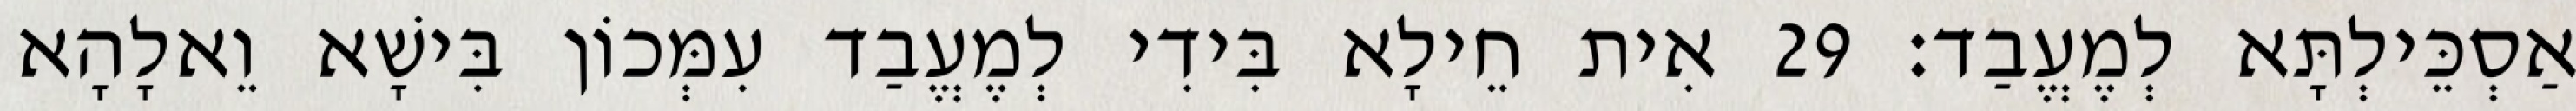
אַסְכֵּילְתָּא לְמֶעֱבַד׃ 29 אִית חֵילָא בִּידִי לְמֶעֱבַד עִמְּכוֹן בִּישָׁא וֵאלָהָא